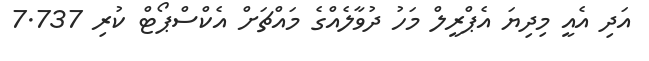
އަދި އެއީ މިދިޔަ އެޕްރީލް މަހު ދުވާލެެއްގެ މަައްޗަށް އެކްސްޕޯޓް ކުރި 7.737